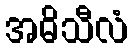
အဓိသီလံ